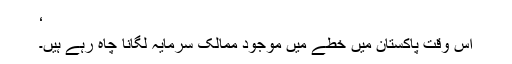
‘
اس وقت پاکستان میں خطے میں موجود ممالک سرمایہ لگانا چاہ رہے ہیں۔